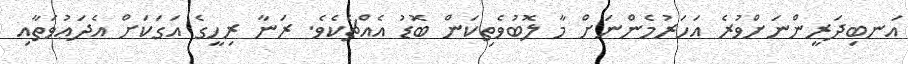
އަނބިދަރީންނަށްވުރެ އަހަރުމެންނަށް މާ ލޮބުވެތިކަން ބޮޑު އެއްޗެކެވެ. ރަނާ ރިހީގެ އަގަކަށް އެދަޢުވަތާއި